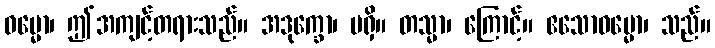
ဓမ္မော၊ ဤအကျင့်တရားသည်။ အဒုက္ခော၊ မရှိ။ တသ္မာ၊ ကြောင့်။ ဧသောဓမ္မော၊ သည်။